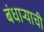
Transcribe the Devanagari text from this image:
बंधाऱ्याची